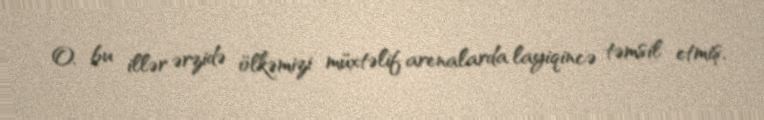
O, bu illər ərzidə ölkəmizi müxtəlif arenalarda layiqincə təmsil etmiş,